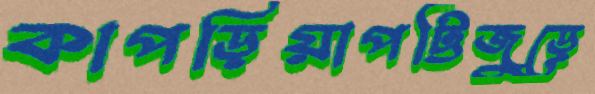
কাপড়িয়াপট্টিজুড়ে